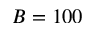
B = 1 0 0